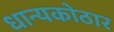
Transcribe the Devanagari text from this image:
धान्यकोठार